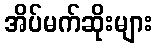
အိပ်မက်ဆိုးများ